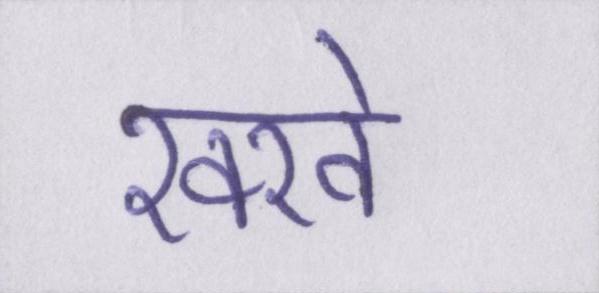
रक्खे